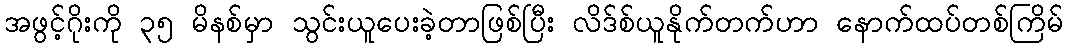
အဖွင့်ဂိုးကို ၃၅ မိနစ်မှာ သွင်းယူပေးခဲ့တာဖြစ်ပြီး လိဒ်စ်ယူနိုက်တက်ဟာ နောက်ထပ်တစ်ကြိမ်